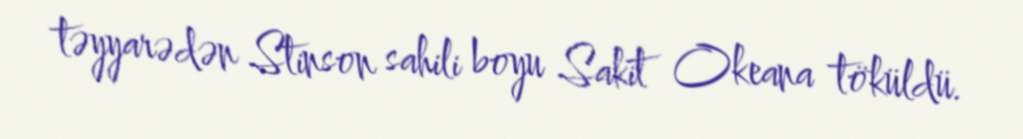
təyyarədən Stinson sahili boyu Sakit Okeana töküldü.